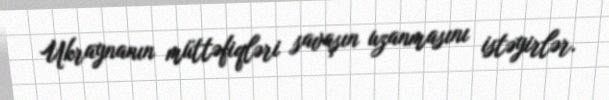
Ukraynanın müttəfiqləri savaşın uzanmasını istəyirlər.